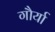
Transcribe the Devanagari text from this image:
गौर्या